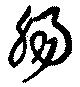
腸